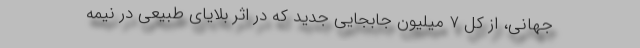
جهانی، از کل ۷ میلیون جابجایی جدید که در اثر بلایای طبیعی در نیمه